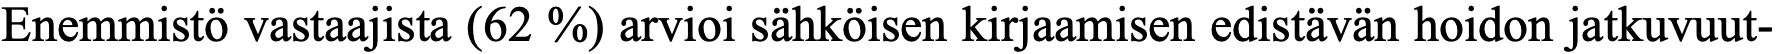
Enemmistö vastaajista (62 %) arvioi sähköisen kirjaamisen edistävän hoidon jatkuvuut-